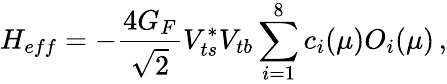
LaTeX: H_{eff}=-{\frac{4G_{F}}{\sqrt 2}}V_{ts}^{*}V_{tb}\sum_{i=1}^{8}c_{i}(\mu)O_{i}(\mu)\, ,